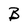
Character: B